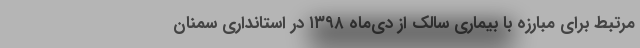
مرتبط برای مبارزه با بیماری سالک از دی‌ماه ۱۳۹۸ در استانداری سمنان